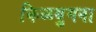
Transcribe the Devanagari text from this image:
किळयुगना